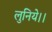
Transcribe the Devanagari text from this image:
लुनिये।।